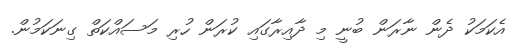
އެކަމަކު ދެން ނާރަން ބުނީ މި ދާއިރާގައި ކުރަން ހުރި މަސައްކަތް ގިނަކަމުން.